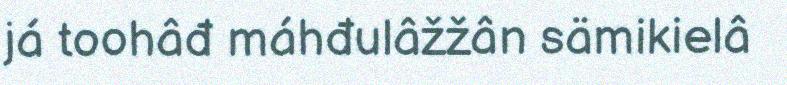
já toohâđ máhđulâžžân sämikielâ